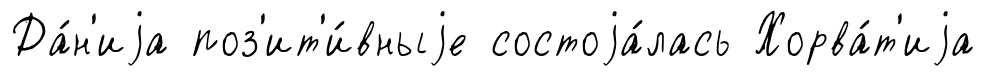
Да́н'иjа поз'ит'и́вныjе состоjа́лась Хорва́т'иjа